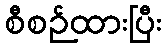
စီစဉ်ထားပြီး